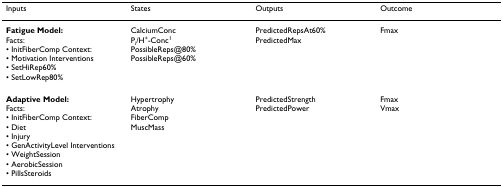
<table><thead><tr><td><b>Inputs</b></td><td><b>States</b></td><td><b>Outputs</b></td><td><b>Outcome</b></td></tr></thead><tbody><tr><td><b>Fatigue Model:</b>Facts:• InitFiberComp Context:• Motivation Interventions• SetHiRep60%• SetLowRep80%</td><td>CalciumConcP<sub>i</sub>/H<sup>+</sup>-Conc<sup>1</sup>PossibleReps@80%PossibleReps@60%</td><td>PredictedRepsAt60%PredictedMax</td><td>Fmax</td></tr><tr><td><b>Adaptive Model:</b>Facts:• InitFiberComp Context:• Diet• Injury• GenActivityLevel Interventions• WeightSession• AerobicSession• PillsSteroids</td><td>HypertrophyAtrophyFiberCompMuscMass</td><td>PredictedStrengthPredictedPower</td><td>FmaxVmax</td></tr></tbody></table>